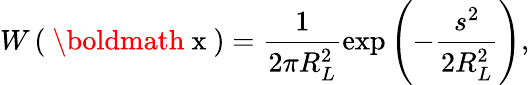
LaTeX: W\left(\mathrm{~\boldmath~x~}\right)=\frac{1}{2\pi R_{L}^{2}}\exp\left(-\frac{s^{2}}{2R_{L}^{2}}\right),